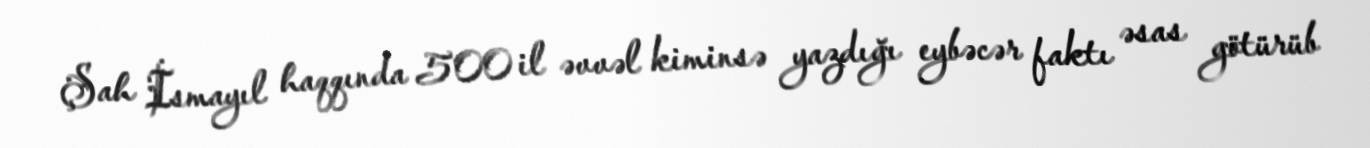
Şah İsmayıl haqqında 500 il əvvəl kiminsə yazdığı eybəcər faktı əsas götürüb